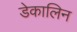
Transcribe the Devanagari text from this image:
डेकालिन